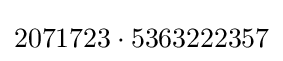
2071723\cdot 5363222357